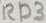
Text: RD3